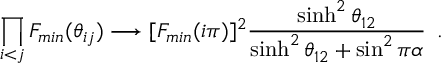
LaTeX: \prod _ { i < j } F _ { m i n } ( \theta _ { i j } ) \longrightarrow [ F _ { m i n } ( i \pi ) ] ^ { 2 } \frac { \sinh ^ { 2 } \theta _ { 1 2 } } { \sinh ^ { 2 } \theta _ { 1 2 } + \sin ^ { 2 } \pi \alpha } \, \, \, .